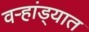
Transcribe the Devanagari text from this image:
वऱ्हांड्यात